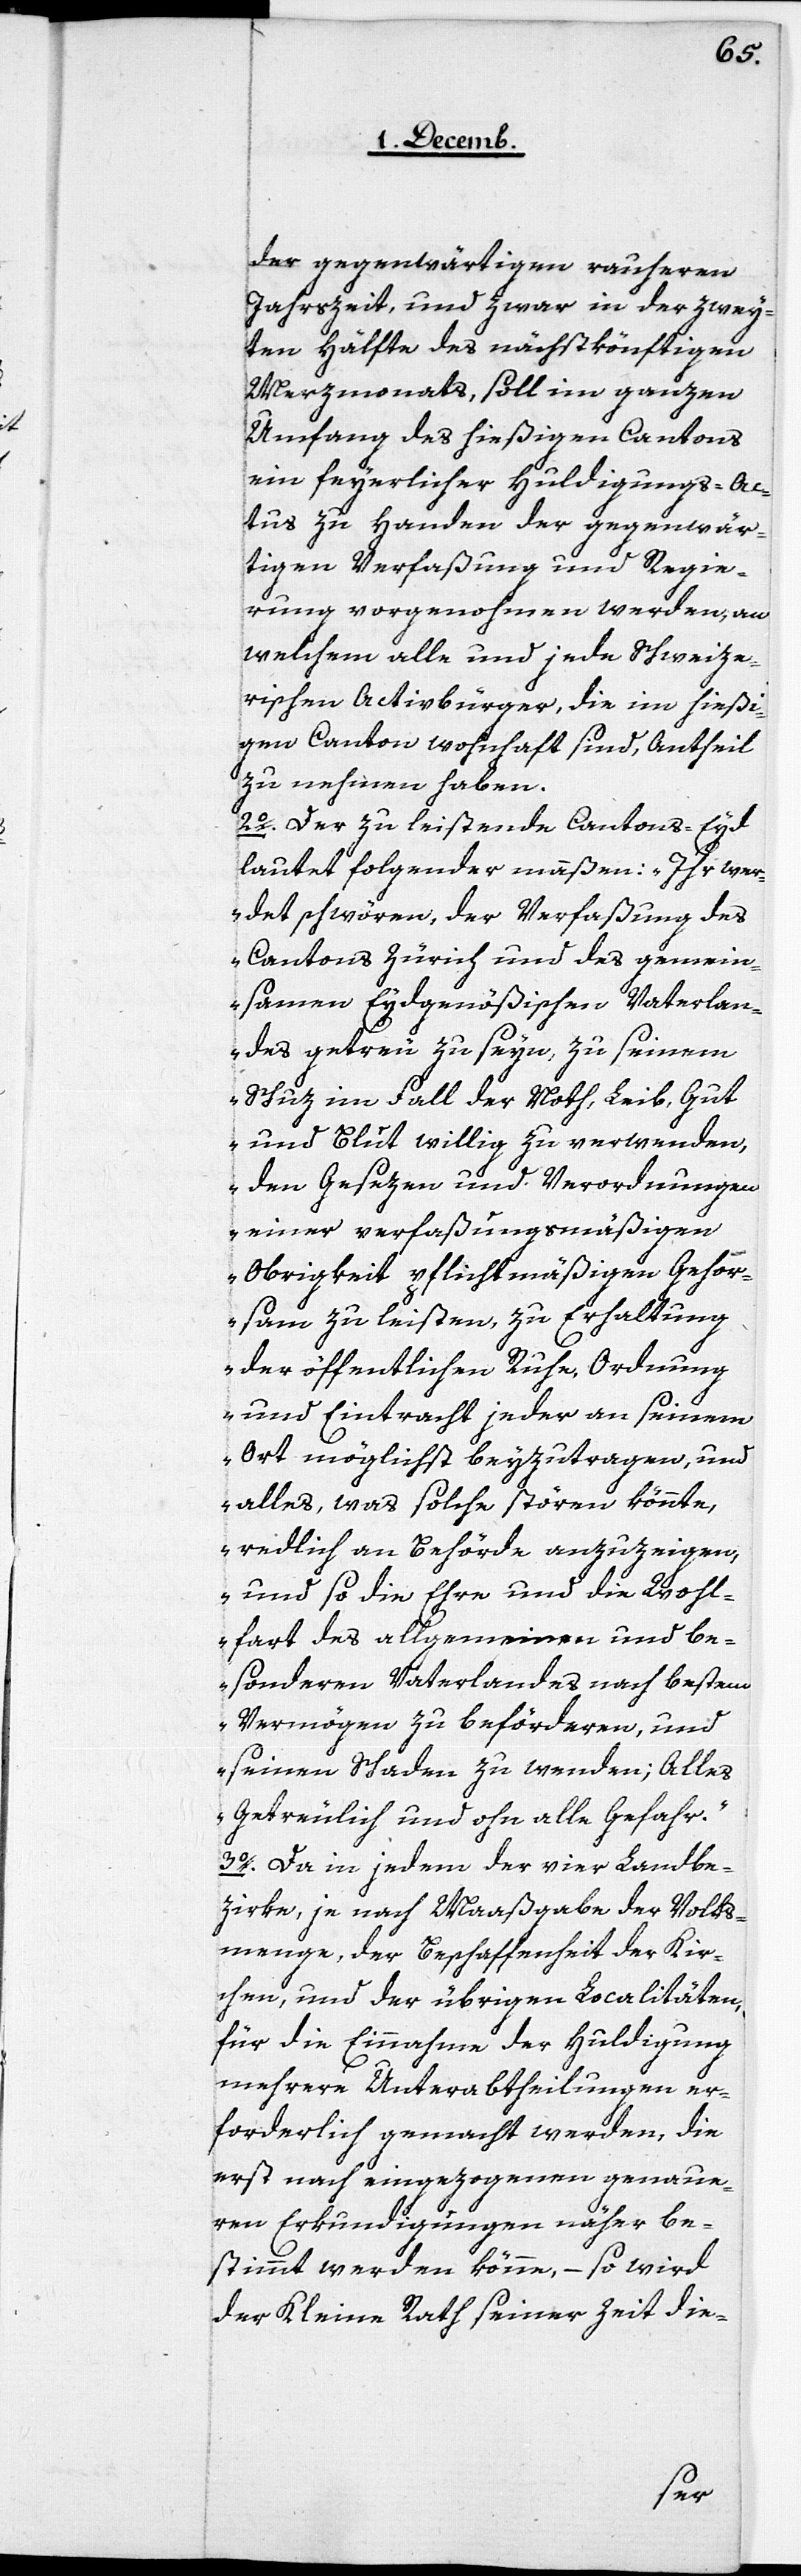
der gegenwärtigen rauheren
Jahreszeit, und zwar in der zwey¬
ten Hälfte des nächstkönftigen
Merzmonats, soll im ganzen
Umfang des hießigen Cantons
ein feyerlicher Huldigungs-Ac¬
tus zu Handen der gegenwär¬
tigen Verfaßung und Regie¬
rung vorgenohmen werden, an
welchem alle und jede Schweize¬
rischen Activbürger, die im hießi¬
gen Canton wohnhaft sind, Antheil
zu nehmen haben.
2. Der zu leistende Cantons-Eyd
lautet folgender maßen: „Ihr wer¬
det schwören, der Verfaßung des
Cantons Zürich und des gemein¬
samen Eydsgenößischen Vaterlan¬
des getreu zu seyn, zu seinem
Schutz im Fall der Noth, Leib, Gut
und Blut willig zu verwenden,
den Gesezen und Verordnungen
einer verfaßungsmäßigen
Obrigkeit pflichtmäßigen Gehor¬
sam zu leisten, zu Erhaltung
der öffentlichen Ruhe, Ordnung
und Eintracht jeder an seinem
Ort möglichst beyzutragen, und
alles, was solche stören könnte,
redlich an Behörde anzuzeigen,
und so die Ehre und die Wohl¬
[sic!] des allgemeinen und be¬
sonderen Vaterlandes nach bestem
Vermögen zu beförderen, und
seinen Schaden zu wenden; Alles
Getreulich und ohn alle Gefahr.“
3. Da in jedem der vier Landbe¬
zirke, je nach Maaßgabe der Volks¬
menge, der Beschaffenheit der Kir¬
chen, und der übrigen Localitäten,
für die Einnahme der Huldigung
mehrere Unterabtheilungen er¬
forderlich gemacht werden, die
erst nach eingezogenen genaue¬
ren Erkundigungen näher be¬
stimmt werden könne, – so wird
der Kleine Rath seiner Zeit die-
fart